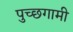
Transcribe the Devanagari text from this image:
पुच्छगामी